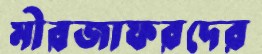
মীরজাফরদের